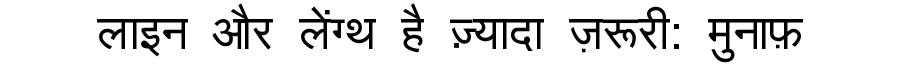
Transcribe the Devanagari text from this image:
लाइन और लेंग्थ है ज़्यादा ज़रूरी: मुनाफ़